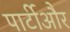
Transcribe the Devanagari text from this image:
पार्टीऔर